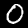
Digit: 0